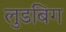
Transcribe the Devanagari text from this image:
लुडबिग